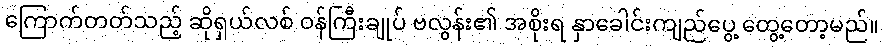
ကြောက်တတ်သည့် ဆိုရှယ်လစ် ဝန်ကြီးချုပ် ဗလွန်း၏ အစိုးရ နှာခေါင်းကျည်ပွေ့ တွေ့တော့မည်။